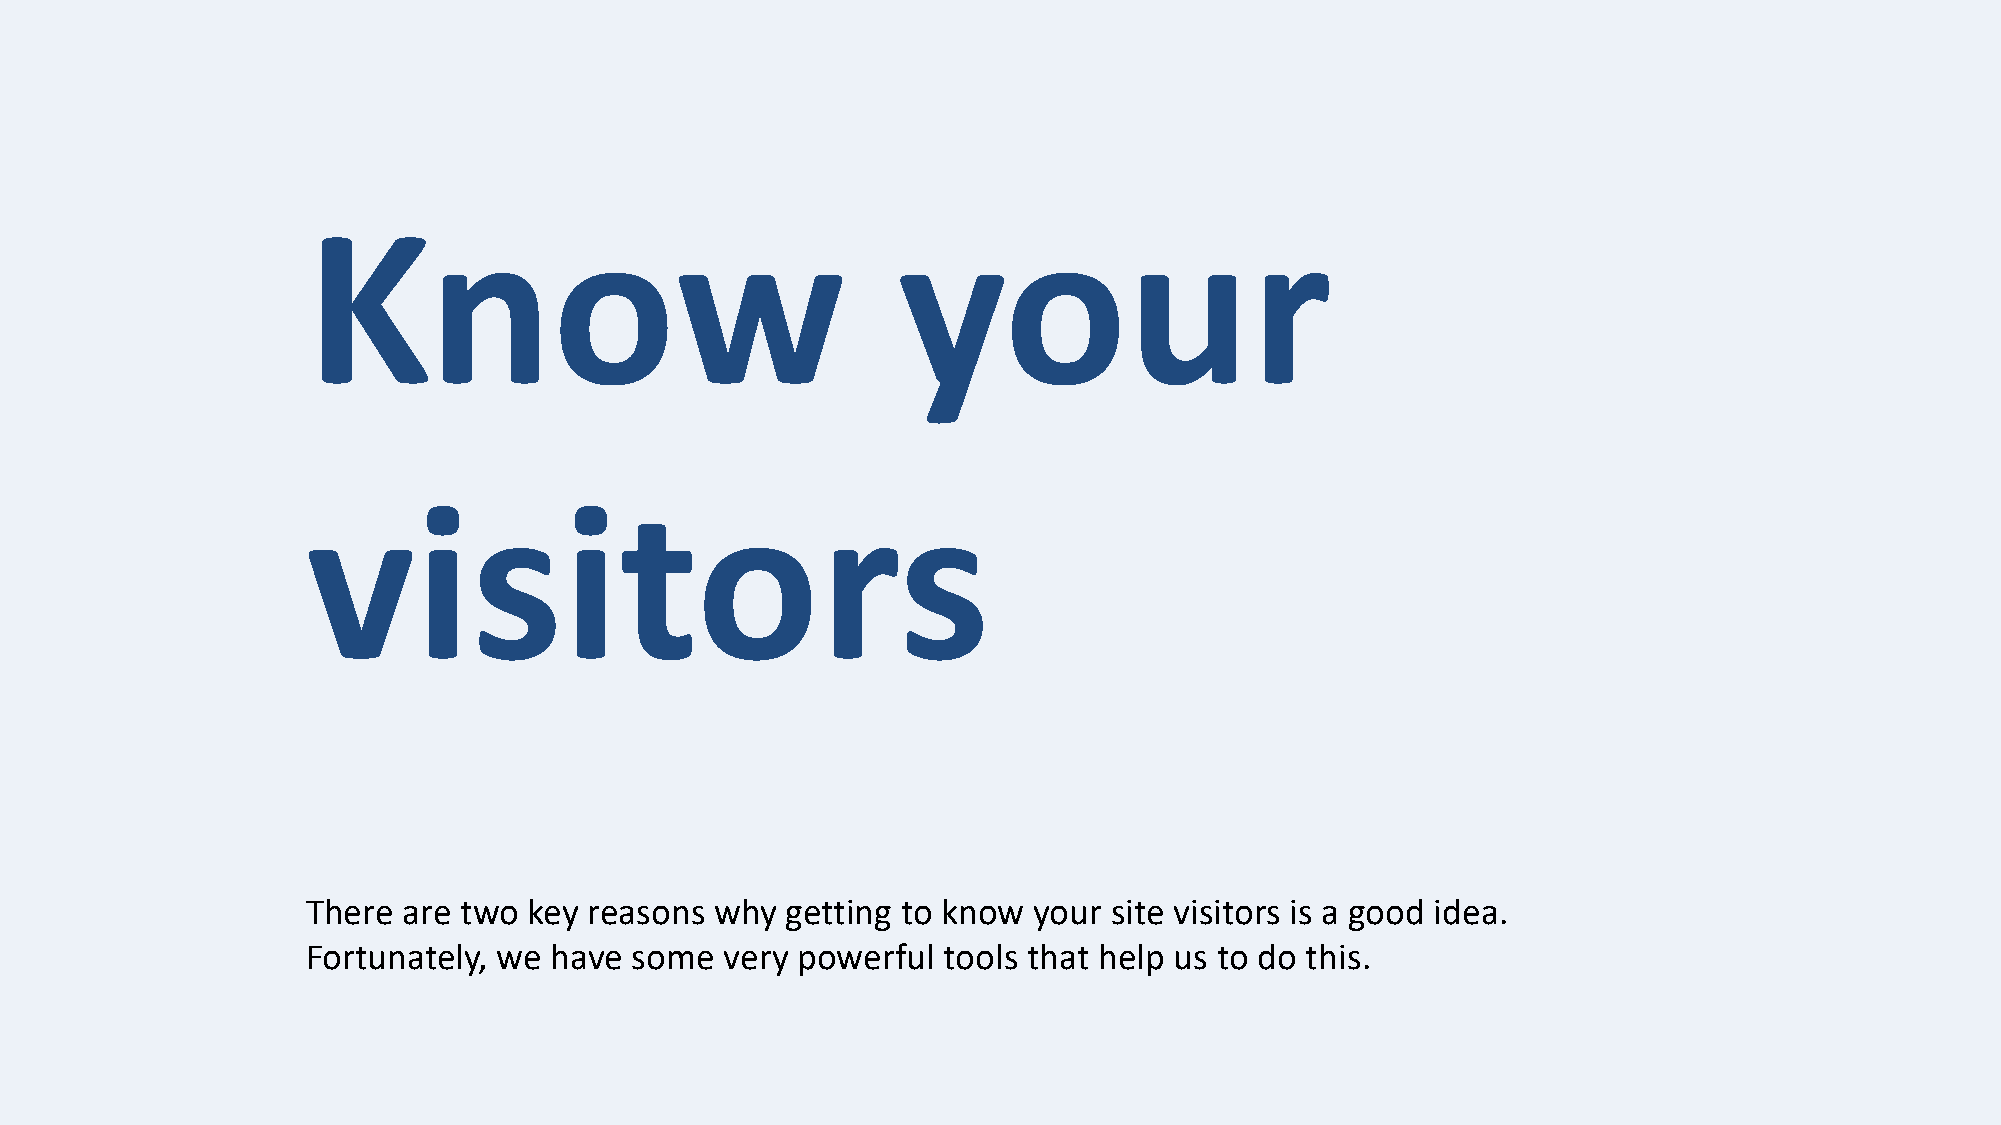
Know                                   your
 visitors
 There  are two key reasons why  getting to know your  site visitors is a good idea.
 Fortunately, we have  some  very powerful tools that help us to do this.